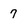
Character: 7